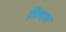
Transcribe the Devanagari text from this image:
मिथल